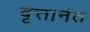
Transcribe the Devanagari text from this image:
वृत्तानंत